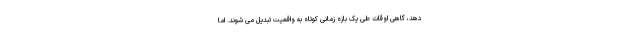
دهد، گاهی اوقات طی یک بازه زمانی کوتاه به واقعیت تبدیل می شوند. اما